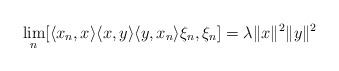
LaTeX: \begin{align*}\lim_n [\langle x_n, x \rangle \langle x, y \rangle \langle y , x_n \rangle \xi_n , \xi_n ] = \lambda \| x\|^2 \| y\|^2\end{align*}